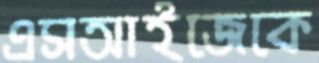
এসআইজেকে